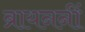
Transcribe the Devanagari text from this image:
ब्रायननीं